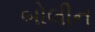
બોલીન